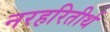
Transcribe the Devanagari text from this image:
नरहरितीर्थ